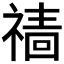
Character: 𱵢